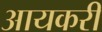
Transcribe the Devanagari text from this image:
आयकरी